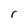
Character: r